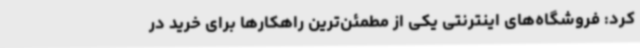
کرد: فروشگاه‌های اینترنتی یکی از مطمئن‌ترین راهکارها برای خرید در